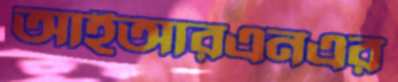
আইআরএনএর